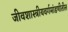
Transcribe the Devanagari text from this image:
जीवशास्त्रीयवर्गमांडणीतील